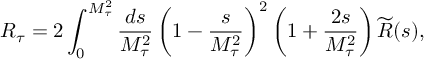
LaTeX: R _ { \tau } = 2 \int _ { 0 } ^ { M _ { \tau } ^ { 2 } } \frac { d s } { M _ { \tau } ^ { 2 } } \left( 1 - \frac { s } { M _ { \tau } ^ { 2 } } \right) ^ { 2 } \left( 1 + \frac { 2 s } { M _ { \tau } ^ { 2 } } \right) \widetilde { R } ( s ) ,